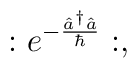
:e^{-\frac{{\hat a}^\dagger \hat a}{\hbar}}:,